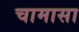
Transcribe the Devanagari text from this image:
चामासा